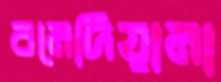
বনেদিয়ানা